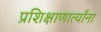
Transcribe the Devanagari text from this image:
प्रशिक्षाणार्त्यांना